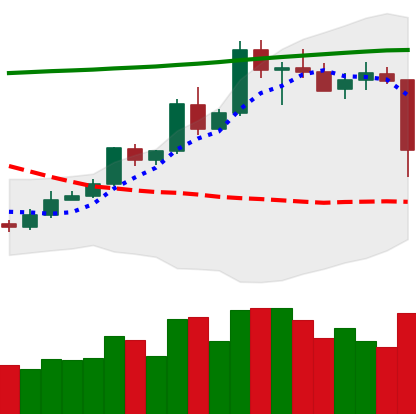
Ticker: ETC-USD
Chart end date: 2020-05-10
Forward return: 4.742%
Label: up_3_5